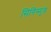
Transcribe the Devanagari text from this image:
सिगिस्मुंड